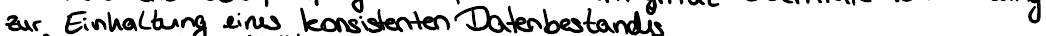
zur Einhaltung eines konsistenten Datenbestandes